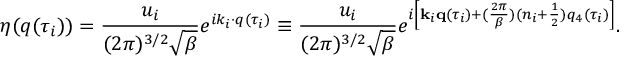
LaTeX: \eta ( q ( \tau _ { i } ) ) = \frac { u _ { i } } { ( 2 \pi ) ^ { 3 / 2 } \sqrt { \beta } } e ^ { i k _ { i } \cdot q ( \tau _ { i } ) } \equiv \frac { u _ { i } } { ( 2 \pi ) ^ { 3 / 2 } \sqrt { \beta } } e ^ { i \left[ { \bf k } _ { i } { \bf q } ( \tau _ { i } ) + ( \frac { 2 \pi } { \beta } ) ( n _ { i } + \frac 1 2 ) q _ { 4 } ( \tau _ { i } ) \right] } .